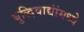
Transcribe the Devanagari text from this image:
बुद्धिवाद्यांंमध्ये